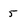
Character: 5